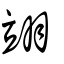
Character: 翊